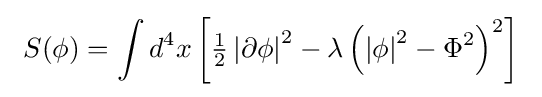
\ S(\phi )=\int d^{4}x\left[{\tfrac {1}{2}}\left|\partial \phi \right|^{2}-\lambda \left(\left|\phi \right|^{2}-\Phi ^{2}\right)^{2}\right]\